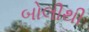
બોલીથી